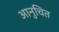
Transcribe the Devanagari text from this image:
आनुचित